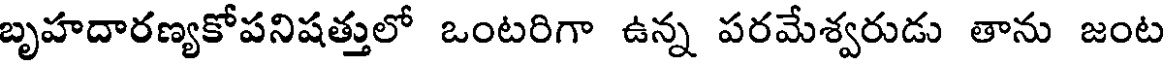
బృహదారణ్యకోపనిషత్తులో ఒంటరిగా ఉన్న పరమేశ్వరుడు తాను జంట